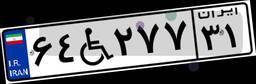
۶۴W۲۷۷۳۱